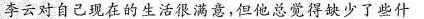
李云对自己现在的生活很满意，但他总觉得缺少了些什